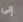
إلى